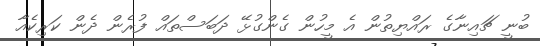
ބުނީ ޗައިނާގެ ރައްޔިތުން އެ މީހުން ގެންގުޅޭ ދަބަސްތައް ފުރެން ދެން ކަރިކެއާ